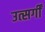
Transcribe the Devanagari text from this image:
उत्सर्गीं